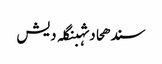
سندھحادثہبنگلہ دیش